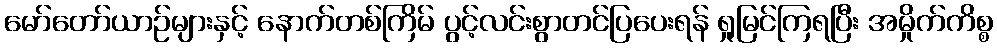
မော်တော်ယာဉ်များနှင့် နောက်တစ်ကြိမ် ပွင့်လင်းစွာတင်ပြပေးရန် ရှုမြင်ကြရပြီး အမှိုက်ကိစ္စ